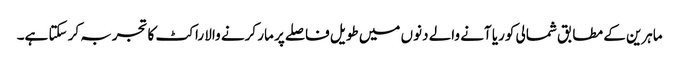
ماہرین کے مطابق شمالی کوریا آنے والے دنوں میں طویل فاصلے پر مار کرنے والا راکٹ کا تجربہ کر سکتا ہے۔